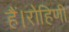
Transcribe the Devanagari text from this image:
हैं।रोहिणी